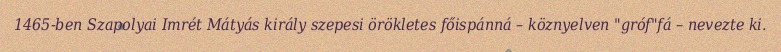
1465-ben Szapolyai Imrét Mátyás király szepesi örökletes főispánná – köznyelven "gróf"fá – nevezte ki.